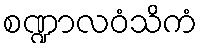
စဏ္ဍာလဝံသိကံ